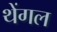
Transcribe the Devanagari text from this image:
थेंगल